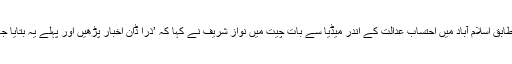
نامہ نگار شہزاد ملک کے مطابق اسلام آباد میں احتساب عدالت کے اندر میڈیا سے بات چیت میں نواز شریف نے کہا کہ ’ذرا ڈان اخبار پڑھیں اور پہلے یہ بتایا جائے کہ میں نے کہا کیا ہے؟